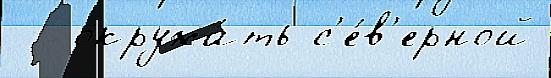
 - окружи́ть с'е́в'ерной